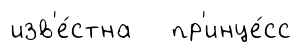
изв'е́стна пр'инце́сс